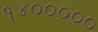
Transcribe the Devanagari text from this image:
१४०००००